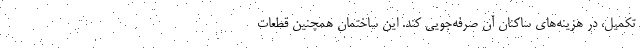
تکمیل، در هزینه‌های ساکنان آن صرفه‌جویی کند. این ساختمان همچنین قطعات